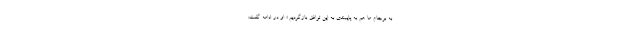
به برجام ما هم به پایبندی به این توافق بازگردیم.» او در ادامه گفت: